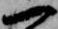
一